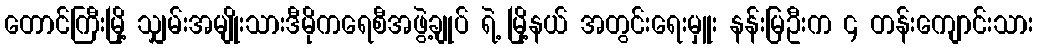
တောင်ကြီးမြို့ သျှမ်းအမျိုးသားဒီမိုကရေစီအဖွဲ့ချုပ် ရဲ့ မြို့နယ် အတွင်းရေးမှူး နန်းမြဦးက ၄ တန်းကျောင်းသား